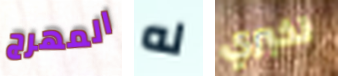
المهرج له تخبري